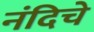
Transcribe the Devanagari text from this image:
नंदिचे